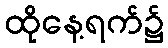
ထိုနေ့ရက်၌